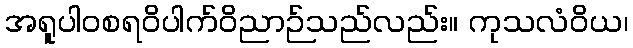
အရူပါဝစရဝိပါက်ဝိညာဉ်သည်လည်း။ ကုသလံဝိယ၊